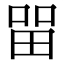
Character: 㽞